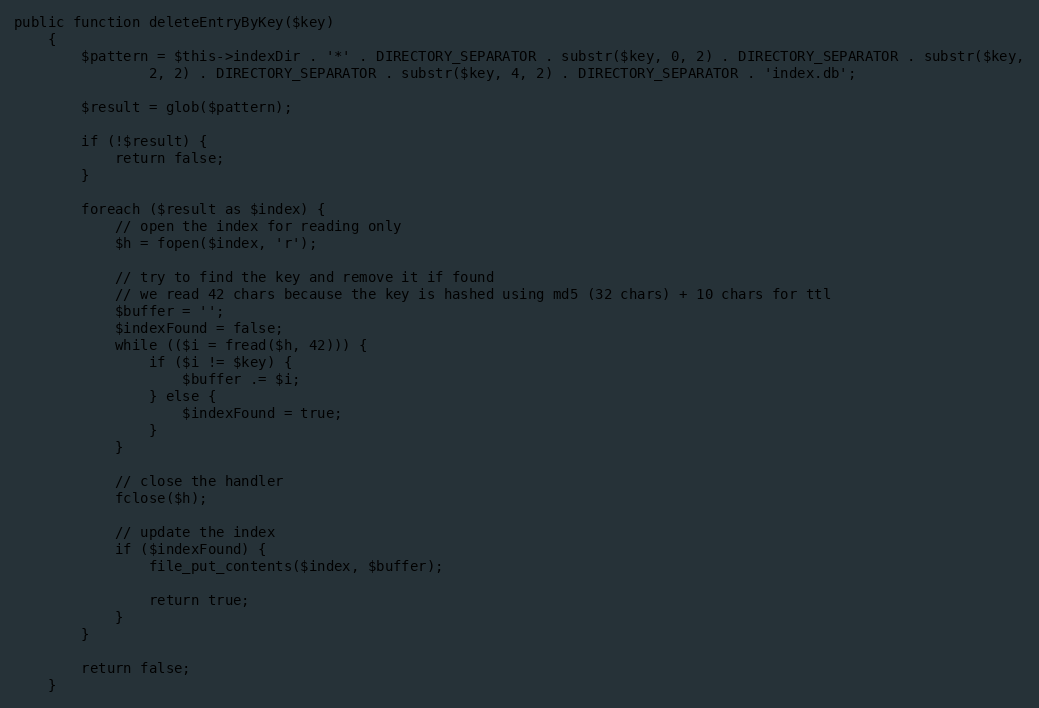
Language: PHP
public function deleteEntryByKey($key)
    {
        $pattern = $this->indexDir . '*' . DIRECTORY_SEPARATOR . substr($key, 0, 2) . DIRECTORY_SEPARATOR . substr($key,
                2, 2) . DIRECTORY_SEPARATOR . substr($key, 4, 2) . DIRECTORY_SEPARATOR . 'index.db';

        $result = glob($pattern);

        if (!$result) {
            return false;
        }

        foreach ($result as $index) {
            // open the index for reading only
            $h = fopen($index, 'r');

            // try to find the key and remove it if found
            // we read 42 chars because the key is hashed using md5 (32 chars) + 10 chars for ttl
            $buffer = '';
            $indexFound = false;
            while (($i = fread($h, 42))) {
                if ($i != $key) {
                    $buffer .= $i;
                } else {
                    $indexFound = true;
                }
            }

            // close the handler
            fclose($h);

            // update the index
            if ($indexFound) {
                file_put_contents($index, $buffer);

                return true;
            }
        }

        return false;
    }